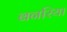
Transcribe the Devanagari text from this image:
बनरिया